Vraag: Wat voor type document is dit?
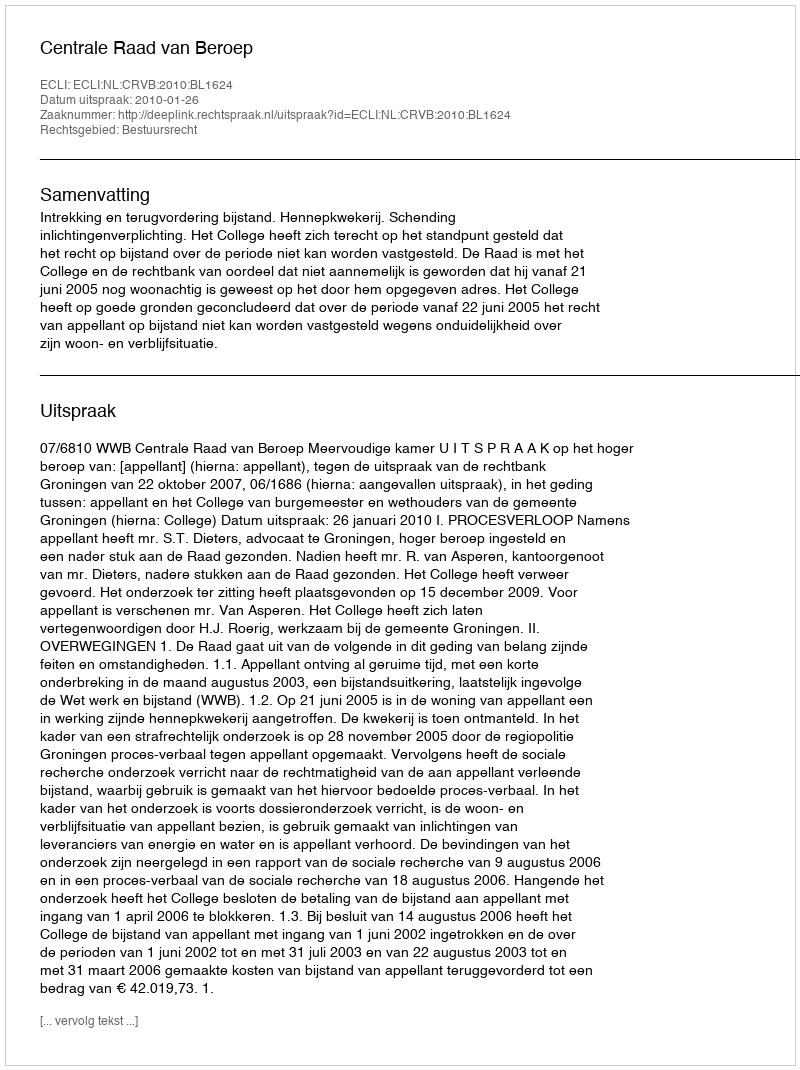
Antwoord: Uitspraak